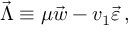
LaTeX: \vec { \Lambda } \equiv \mu \vec { w } - v _ { 1 } \vec { \varepsilon } \, ,